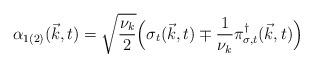
LaTeX: \begin{align*}{\alpha}_{1(2)}({\vec k},t) = \sqrt{\frac{{\nu}_k}{2}}\Big( {\sigma}_t({\vec k},t) \mp \frac{1}{{\nu}_k}{\pi}_{{\sigma},t}^{\dagger}({\vec k},t) \Big) \end{align*}